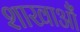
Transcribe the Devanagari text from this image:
शाखाऔं